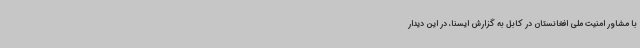
با مشاور امنیت ملی افغانستان در کابل به گزارش ایسنا، در این دیدار